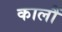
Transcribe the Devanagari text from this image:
कालौं